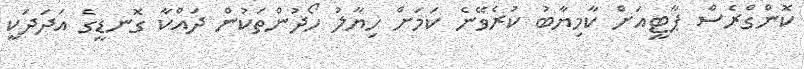
ކޮންގްރެސް ޕާޓީއަށް ކާމިޔާބު ކުރެވޭނެ ކަމަށް ހިޔާލު ހޯދުންތަކުން ދައްކާ ގޮނޑީގެ އަދަދަކީ